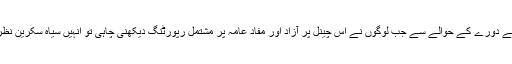
آپ کے دورے کے حوالے سے جب لوگوں نے اس چینل پر آزاد اور مفاد عامہ پر مشتمل رپورٹنگ دیکھنی چاہی تو انہیں سیاہ سکرین نظر آئی۔